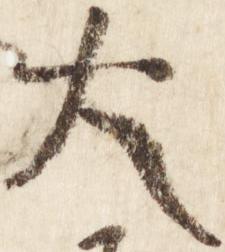
大